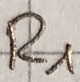
Text: R1